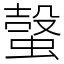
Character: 螜